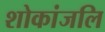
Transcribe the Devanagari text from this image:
शोकांजलि